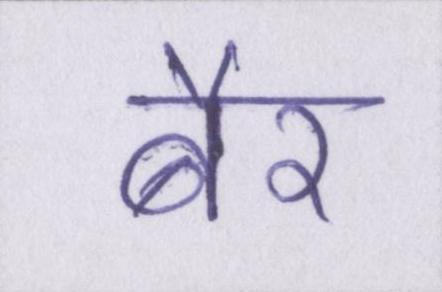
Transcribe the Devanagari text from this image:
बैर